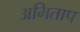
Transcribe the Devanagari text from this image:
अमिताप